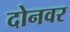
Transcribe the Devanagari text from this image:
दोनवर